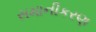
સમાનીકરણ